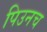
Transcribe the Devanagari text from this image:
पिउनच